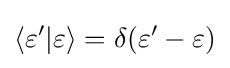
\langle \varepsilon '|\varepsilon \rangle =\delta (\varepsilon '-\varepsilon )